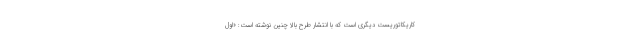
کاریکاتوریست دیگری است که با انتشار طرح بالا چنین نوشته است: «اول